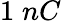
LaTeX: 1\; nC